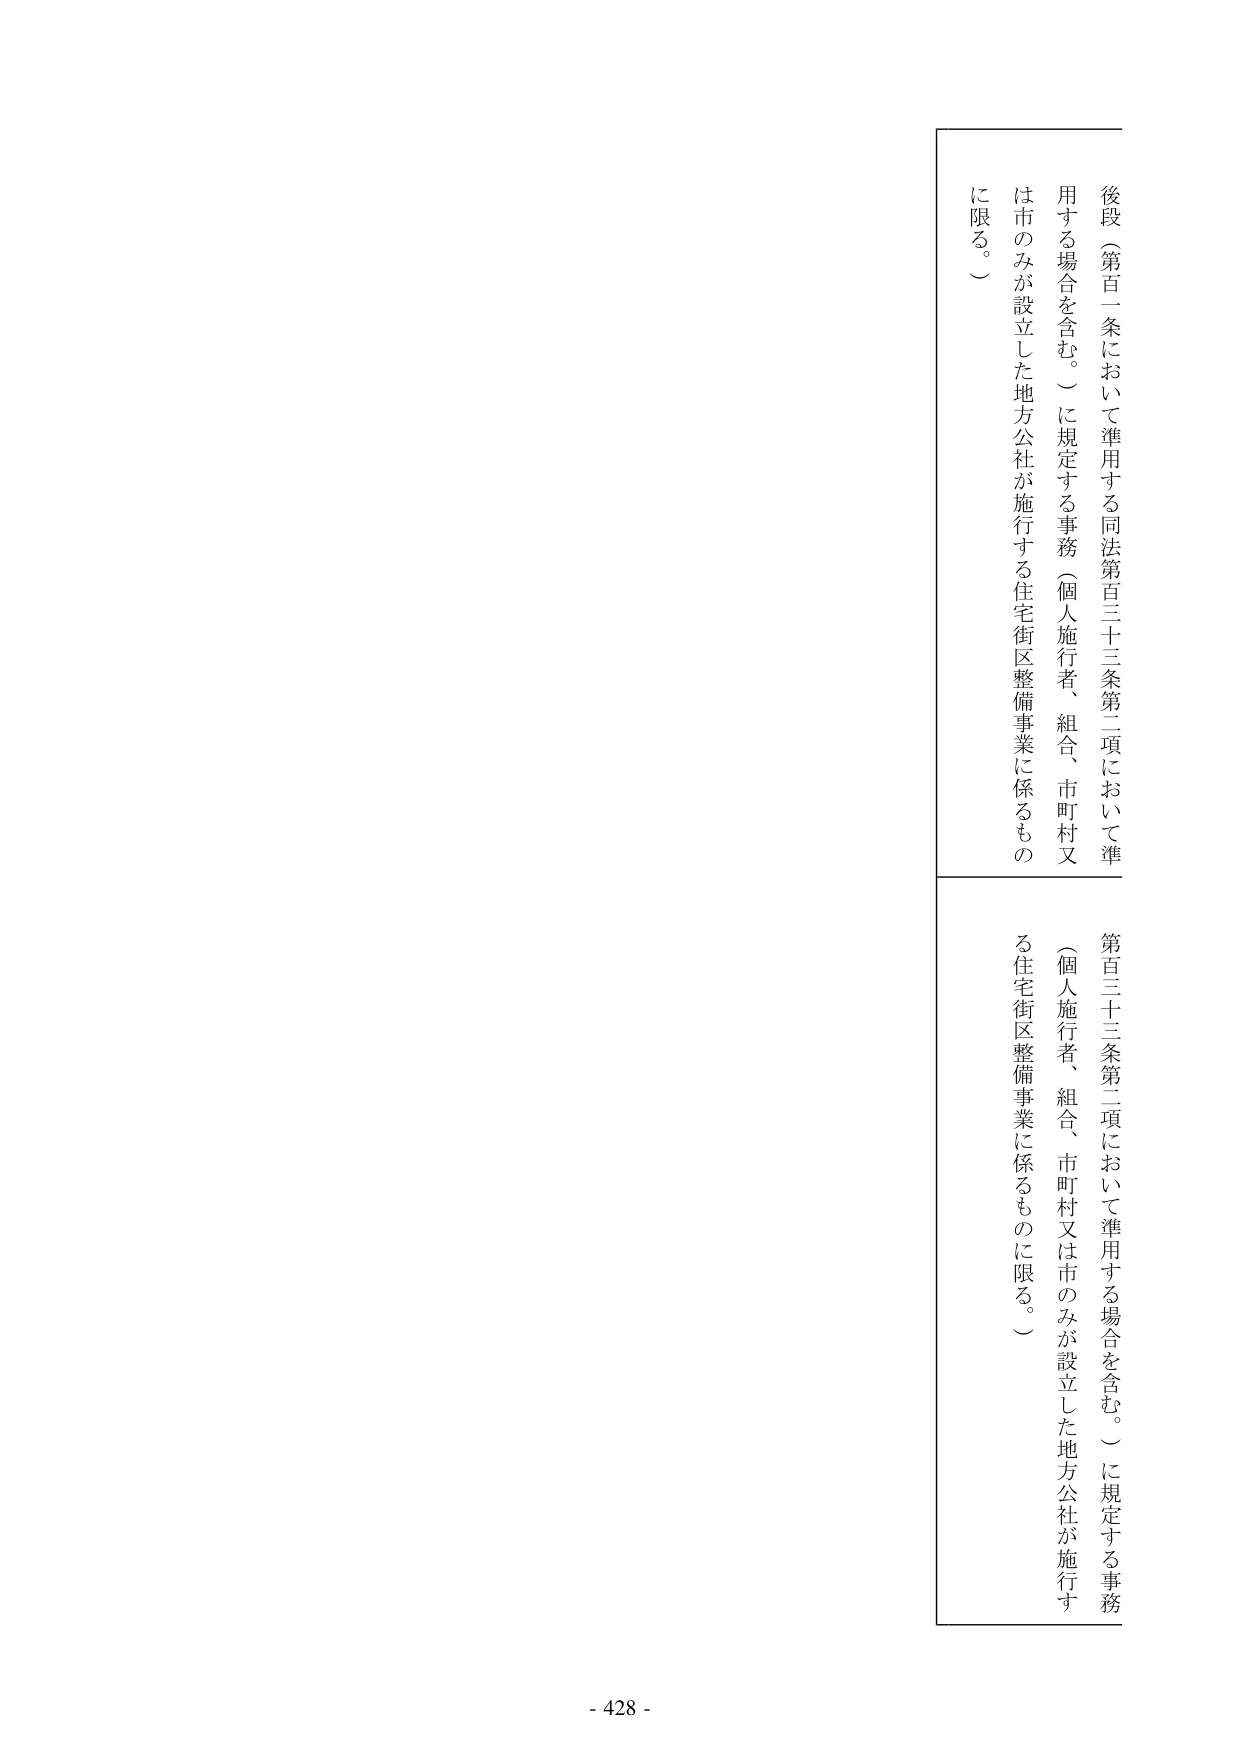
後段（第百一条において準用する同法第百三十三条第二項において準用する場合を含む。）に規定する事務（個人施行者、組合、市町村又は市のみが設立した地方公社が施行する住宅街区整備事業に係るものに限る。）

第百三十三条第二項において準用する場合を含む。）に規定する事務（個人施行者、組合、市町村又は市のみが設立した地方公社が施行する住宅街区整備事業に係るものに限る。）

- 428 -